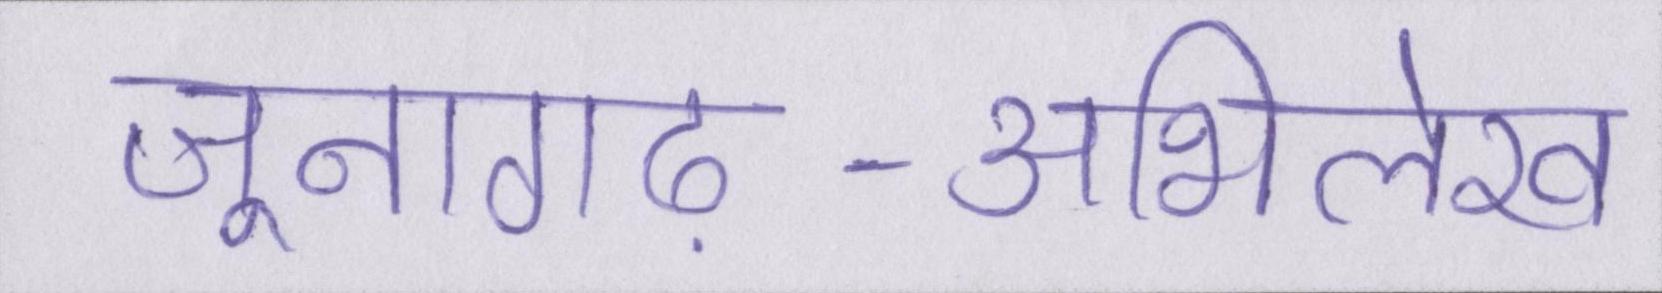
जूनागढ़-अभिलेख